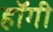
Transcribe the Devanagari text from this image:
हॉगी